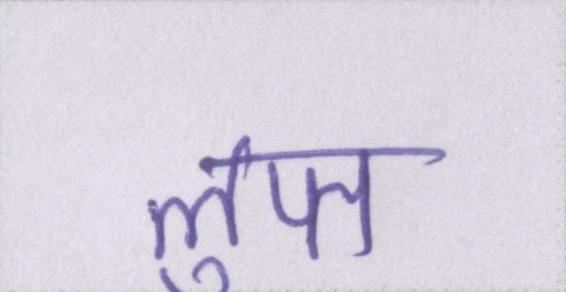
लुप्त